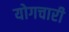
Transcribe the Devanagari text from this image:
योगचारी